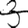
Digit: 3